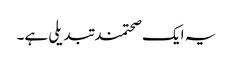
یہ ایک صحتمند تبدیلی ہے۔